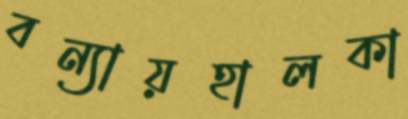
বন্যায়হালকা